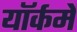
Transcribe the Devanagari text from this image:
यॉर्कमें